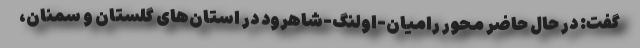
گفت: در حال حاضر محور رامیان-اولنگ-شاهرود در استان‌های گلستان و سمنان،